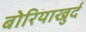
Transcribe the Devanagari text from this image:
बोरियाखुर्द